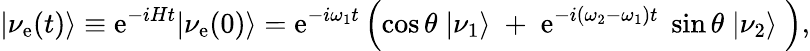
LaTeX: |\nu_{\mathrm{e}}(t)\rangle\equiv\mathrm{e}^{-iHt}|\nu_{\mathrm{e}}(0)\rangle=\mathrm{e}^{-i\omega_{1}t}\left(\cos\theta\; |\nu_{1}\rangle\; +\; \mathrm{e}^{-i(\omega_{2}-\omega_{1})t}\; \sin\theta\; |\nu_{2}\rangle\; \right),